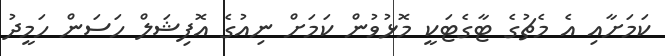
ކަމަށާއި އެ މެޗުގެ ޓާގެޓަކީ މޮޅުވުން ކަމަށް ނިއުގެ އޮފިޝަލް ހަސަން ހަމީދު